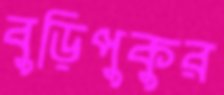
বুড়িপুকুর